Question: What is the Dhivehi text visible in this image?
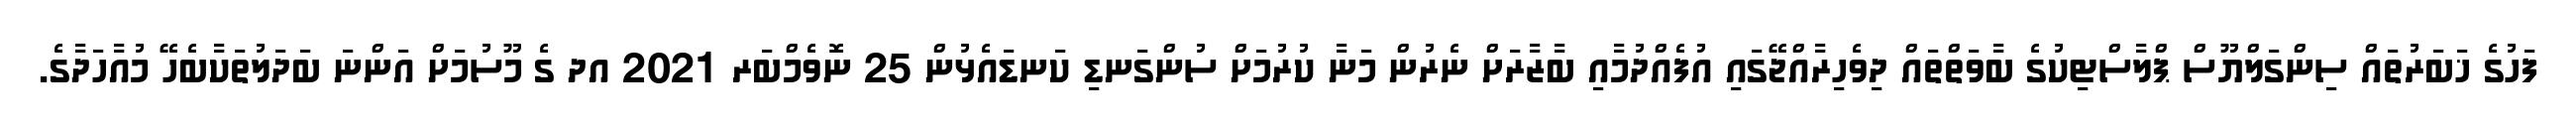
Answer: ފަހުގެ ޚަބަރުތައް ސިންގަލްޔޫސް ޕްލާސްޓިކުގެ ބާވަތްތައް ދިވެހިރާއްޖޭގައި އުފެއްދުމާއި ބާޒާރަށް ނެރުން މަނާ ކުރުމަށް ސުންގަނޑި ކަނޑައެޅުން 25 ނޮވެމްބަރ 2021 އދ ގެ މޫސުމަށް އަންނަ ބަދަލުތަކާބެހޭ މުއާހަދާގެ.